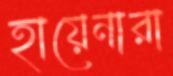
হায়েনারা